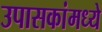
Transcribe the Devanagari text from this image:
उपासकांमध्ये